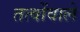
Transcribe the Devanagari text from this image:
तत्वोंवाले